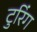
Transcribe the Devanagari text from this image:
टुरिंग